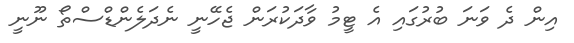
އިން ދެ ވަނަ ބުރުގައި އެ ޓީމު ވާދަކުރަން ޖެހޭނީ ނެދަލެންޑްސްތޯ ނޫނީ